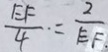
\frac { E F } { 4 } \cdot = \frac { 2 } { E F } .